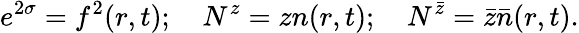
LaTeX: e^{2\sigma}=f^{2}(r,t);~~~~N^{z}=zn(r,t);~~~~N^{\bar{z}}=\bar{z}\bar{n}(r,t).